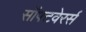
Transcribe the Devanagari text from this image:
सॉफ्टवेरर्स